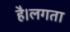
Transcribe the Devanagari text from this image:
है।लगता